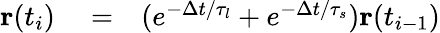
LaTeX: \begin{array}{rlr}{\mathbf{r}(t_{i})}&{{}=}&{(e^{-\Delta t/\tau_{l}}+e^{-\Delta t/\tau_{s}})\mathbf{r}(t_{i-1})}\end{array}